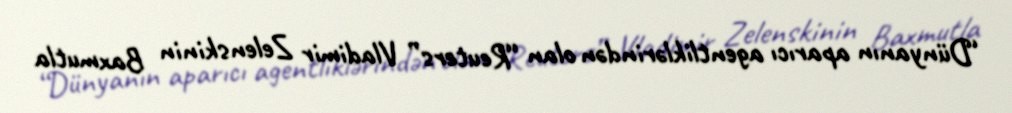
“Dünyanın aparıcı agentliklərindən olan “Reuters” Vladimir Zelenskinin Baxmutla